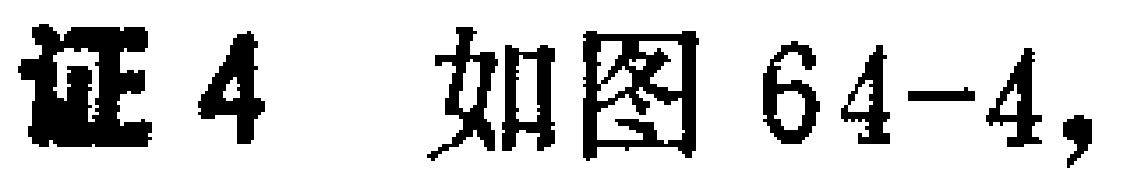
证4 如图64-4,